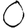
Digit: 0